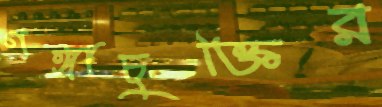
গঙ্গাচুক্তির